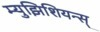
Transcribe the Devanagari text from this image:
म्युझिशियन्स्